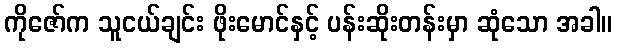
ကိုဇော်က သူငယ်ချင်း ဖိုးမောင်နှင့် ပန်းဆိုးတန်းမှာ ဆုံသော အခါ။